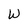
Character: W